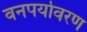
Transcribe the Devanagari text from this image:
वनपर्यावरण